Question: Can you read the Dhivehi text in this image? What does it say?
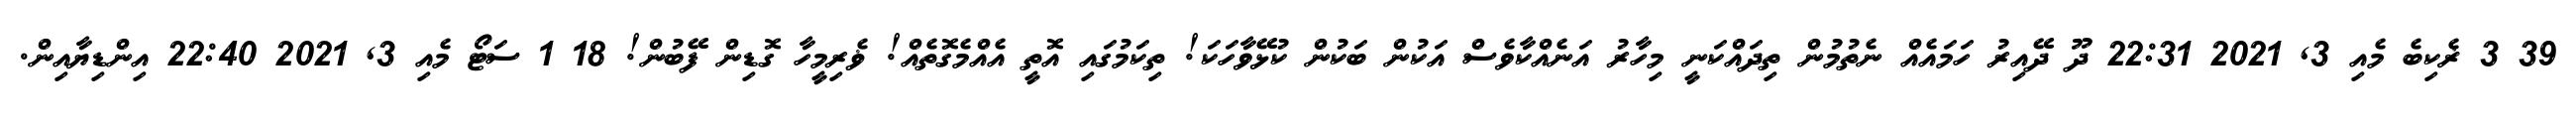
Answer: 39 3 ޜެކިބެ މެއި 3, 2021 22:31 ދޫ ދޭއިރު ހަމައެއް ނެތުމުން ތިދައްކަނީ މިހާރު އަނެއްކާވެސް އަކުން ބަކުން ކުޅޭވާހަކަ! ތިކަމުގައި އޮތީ އެއްމެގޮތެއް! ޥެރިމީހާ ގޮޑިން ފޭބުން! 18 1 ސަޓޯ މެއި 3, 2021 22:40 އިންޑިޔާއިން.